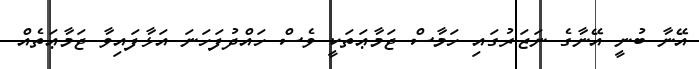
އޭނާ ބުނީ އޭނާގެ ނަޒަރުގައި ހަމާސް ޖަމާޢަތަކީ ވެސް ހައްދުފަހަނަ އަޅާފައިވާ ޖަމާޢަތެއް